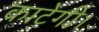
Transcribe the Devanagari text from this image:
काटेगी।